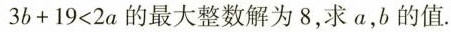
3 b + 1 9 < 2 a$$ 的最大整数解为 8，求 a，b 的值.